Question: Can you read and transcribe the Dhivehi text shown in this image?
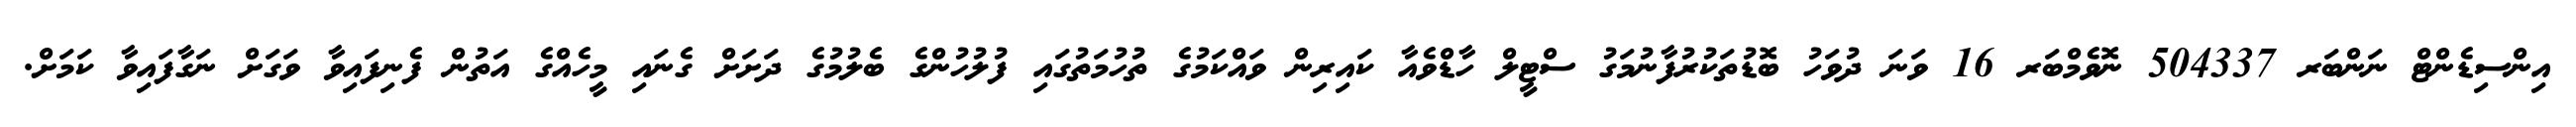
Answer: އިންސިޑެންޓް ނަންބަރ 504337 ނޮވެމްބަރ 16 ވަނަ ދުވަހު ބޮޑުތަކުރުފާނުމަގު ސްޓީލް ހާޑްވެއާ ކައިރިން ވައްކަމުގެ ތުހުމަތުގައި ފުލުހުންގެ ބެލުމުގެ ދަށަށް ގެނައި މީހެއްގެ އަތުން ފެނިފައިވާ ވަގަށް ނަގާފައިވާ ކަމަށް.